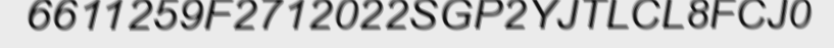
6611259F2712022SGP2YJTLCL8FCJ0